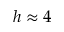
h \approx 4